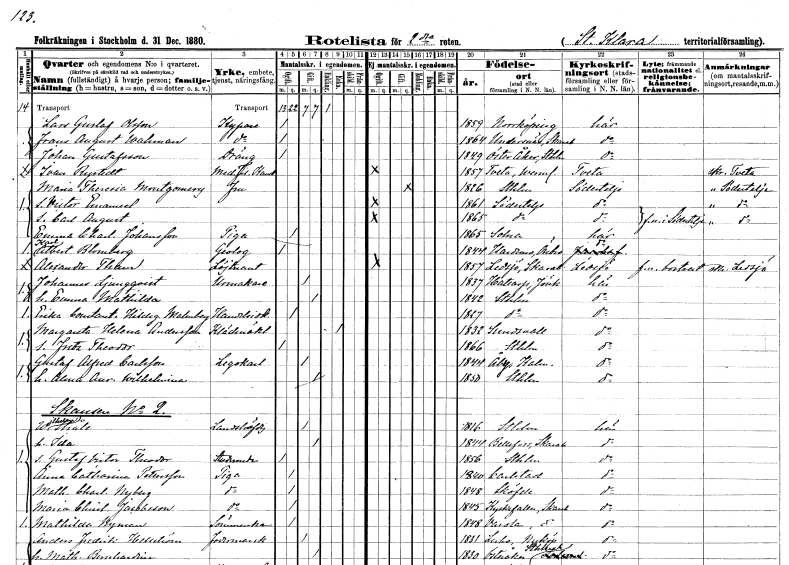
gt_parse: households: individuals: FN: Lars Gustaf
EN: Olsson
YRKE: Kypare
KON: M
CIV: O
FODAR: 1859
FODFORS: Norrköping Östergötlands län
FN: Frans August
EN: Wahman
YRKE: Kypare
KON: M
CIV: O
FODAR: 1864
FODFORS: Undenäs Skaraborgs län
FN: Johan
EN: Gustafsson
YRKE: Dräng
KON: M
CIV: O
FODAR: 1849
FODFORS: Österåker Stockholms län
FN: Ivan
EN: Rystedt
YRKE: Medicine fil. kand.
KON: M
CIV: O
FODAR: 1857
FODFORS: Tveta Värmlands län
FN: Maria Theresia
EN: Montgomery
KON: K
CIV: G
FODAR: 1826
FODFORS: Stockholm
FN: Victor Emanuel
KON: M
CIV: O
FODAR: 1861
FODFORS: Södertälje Stockholms län
FN: Carl August
KON: M
CIV: O
FODAR: 1865
FODFORS: Södertälje Stockholms län
FN: Emma Charlotta
EN: Johansson
YRKE: Piga
KON: K
CIV: O
FODAR: 1865
FODFORS: Solna Stockholms län
FN: Karl Albert
EN: Blomberg
YRKE: Geolog
KON: M
CIV: O
FODAR: 1844
FODFORS: Hardemo Örebro län
FN: Alexander
EN: Tham
YRKE: Löjtnant
KON: M
CIV: O
FODAR: 1857
FODFORS: Ledsjö Skaraborgs län
FN: Johannes
EN: Ljungqvist
YRKE: Urmakare
KON: M
CIV: G
FODAR: 1837
FODFORS: Hakarp Jönköpings län
FN: Emma Mathilda
KON: K
CIV: G
FODAR: 1842
FODFORS: Stockholm
FN: Erika Constantia Hildegard
EN: Malmberg
YRKE: Handelsidkerska
KON: K
CIV: O
FODAR: 1827
FODFORS: Stockholm
FN: Margareta Helena
EN: Andersson
YRKE: Klädmäklare
KON: K
CIV: E
FODAR: 1832
FODFORS: Sundsvall Västernorrlands län
FN: Fritz Theodor
KON: M
CIV: O
FODAR: 1866
FODFORS: Stockholm
FN: Gustaf Alfred
EN: Carlsson
YRKE: Legokarl
KON: M
CIV: G
FODAR: 1844
FODFORS: Åby Kalmar län
FN: Alma Aurora Wilhelmina
KON: K
CIV: G
FODAR: 1850
FODFORS: Stockholm